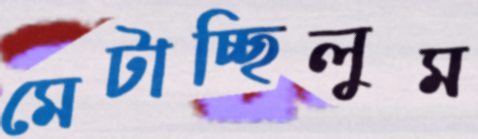
মেটাচ্ছিলুম